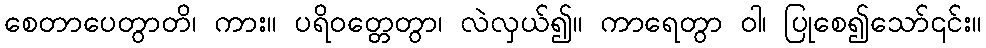
စေတာပေတွာတိ၊ ကား။ ပရိဝတ္တေတွာ၊ လဲလှယ်၍။ ကာရေတွာ ဝါ၊ ပြုစေ၍သော်၎င်း။